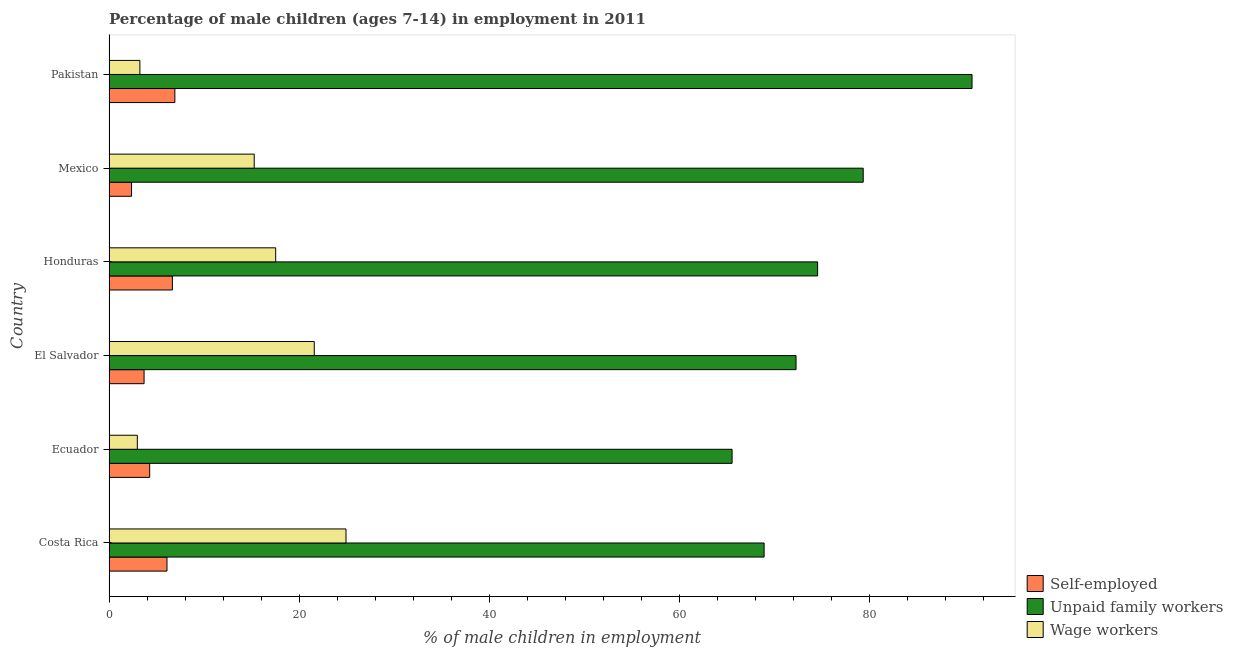
| Country | Self-employed | Unpaid family workers | Wage workers |
 | --- | --- | --- | --- |
 | Costa Rica | 6.1 | 68.9 | 24.9 |
 | Ecuador | 4.28 | 65.6 | 2.98 |
 | El Salvador | 3.69 | 72.3 | 21.6 |
 | Honduras | 6.67 | 74.6 | 17.5 |
 | Mexico | 2.37 | 79.4 | 15.3 |
 | Pakistan | 6.93 | 90.8 | 3.25 |